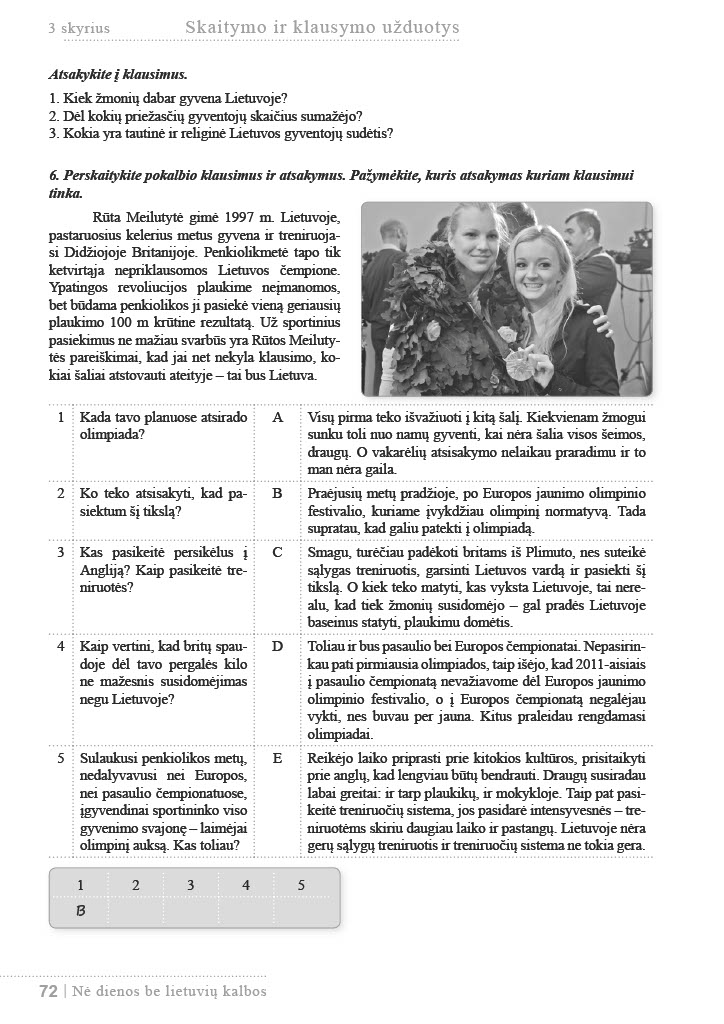
Language: lt